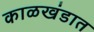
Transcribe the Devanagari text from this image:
काळखंडात